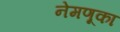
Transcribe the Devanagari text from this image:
नेमणूका